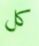
كل